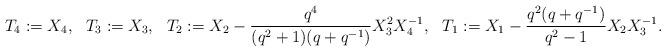
LaTeX: \begin{align*}T_4&{}:=X_4, &T_3&{}:=X_3, & T_2&{}:=X_2-\frac{q^4}{(q^2+1)(q+q^{-1})} X_3^2 X_4^{-1}, & T_1&{}:= X_1-\frac{q^2(q+q^{-1})}{q^2-1}X_2 X_3^{-1}.\end{align*}